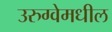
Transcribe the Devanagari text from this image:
उरुग्वेमधील